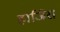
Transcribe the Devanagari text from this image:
हाजिरा